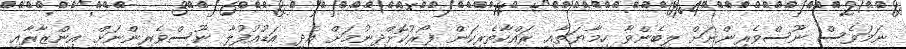
ނަމަވެސް ނޫސްވެރިންނަށް ލިބެންވާ ހިމާޔަތާއި ރައްކާތެރިކަން ފޯރުކޮށްދިނުމަށް އެދި އަޑުއުފުލާ ނޫސްވެރިންނަށް އިންޒާރާއި